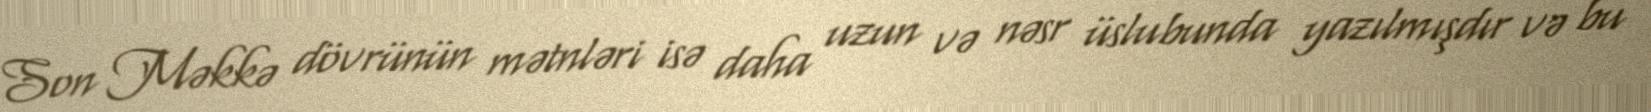
Son Məkkə dövrünün mətnləri isə daha uzun və nəsr üslubunda yazılmışdır və bu